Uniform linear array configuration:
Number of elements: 16
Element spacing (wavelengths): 0.75
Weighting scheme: exponential
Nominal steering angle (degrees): -30
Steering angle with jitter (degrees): -30.344
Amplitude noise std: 0.05
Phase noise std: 0.05

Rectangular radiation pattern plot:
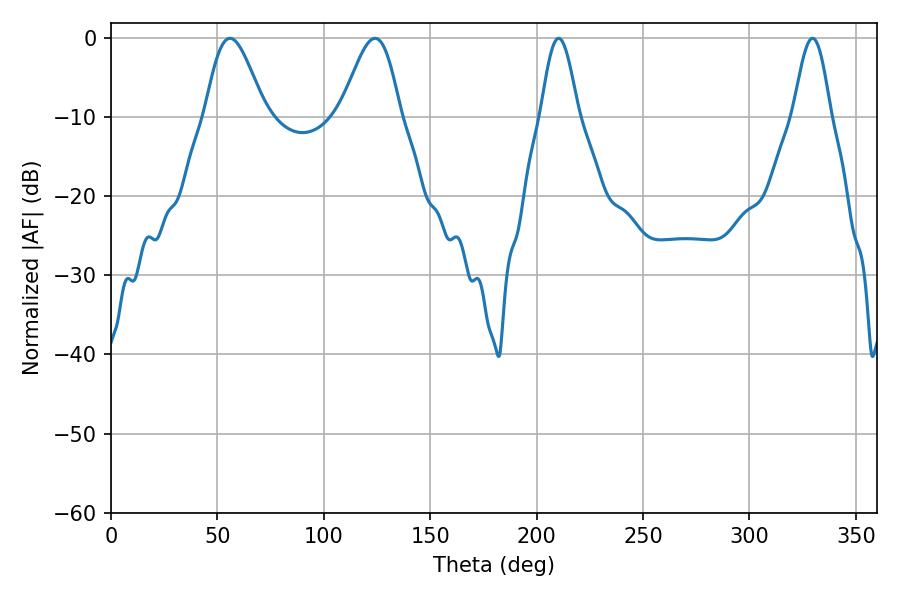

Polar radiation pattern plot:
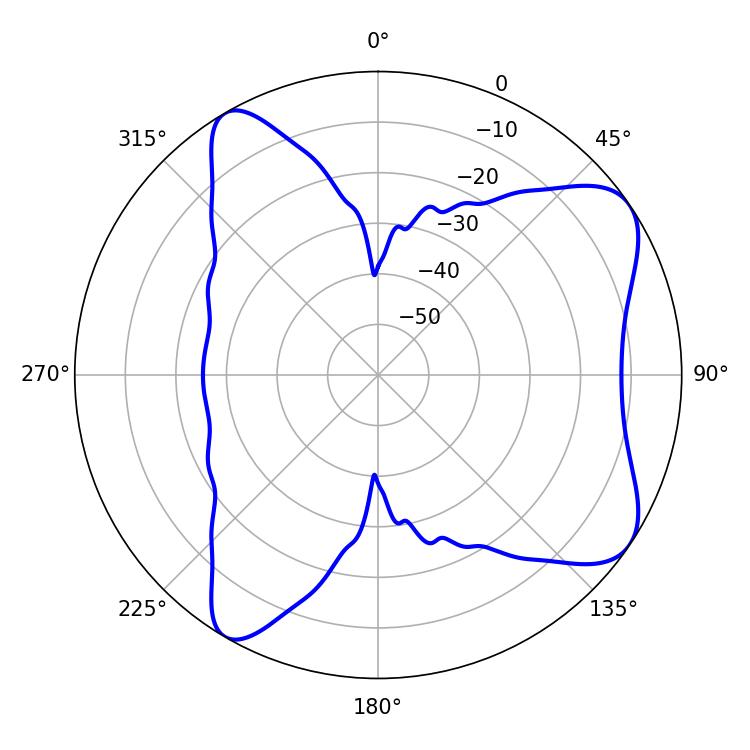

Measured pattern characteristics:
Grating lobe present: TRUE
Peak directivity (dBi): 7.807
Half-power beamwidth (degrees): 14.94
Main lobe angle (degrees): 55.98